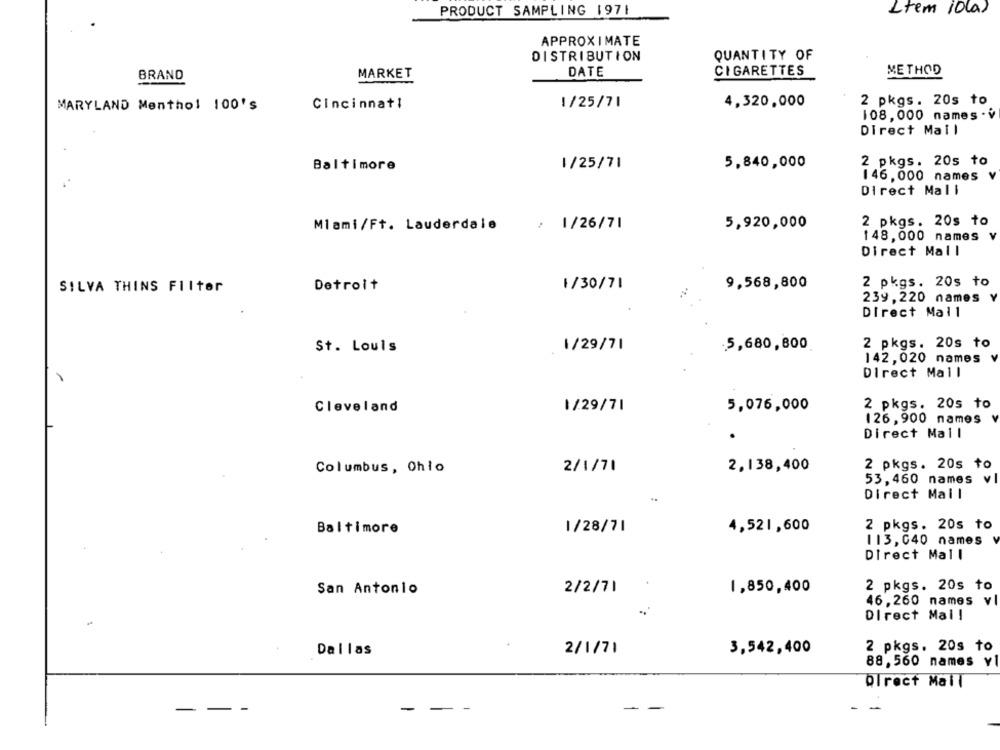
PRODUCT SAMPLING 1971
Ltem io(a)
APPROXIMATE
DISTRIBUTION
QUANTITY OF
BRAND
MARKET
DATE
CIGARETTES
METHOD
Cincinnati
1/25/71
4,320,000
2 pkgs. 20s to
MARYLAND Menthol 100's
108, 000 names . v
Direct Mail
1/25/71
5,840,000
2 pkgs. 20s to
Baltimore
146, 000 names v
Direct Mall
: 1/26/71
5,920,000
2 pkgs. 20s to
Miami/Ft. Lauderdale
148,000 names v
Direct Mall
1/30/71
9,568,800
2 pkgs. 20s to
SILVA THINS FIItor
Detroit
239,220 names v
Direct Mail
5,680,800
2 pkgs. 20s to
St. Louis
1/29/71
142,020 names v
Direct Mail
2 pkgs. 20s to
Cleveland
1/29/71
5,076,000
126, 900 names v
Direct Mail
2 pkgs. 20s to
Columbus, Ohio
2/1/71
2,138,400
53,460 names vl
Direct Mail
2 pkgs. 20s to
Baltimore
1/28/71
4,521,600
113, 040 names
Direct Mall
2 pkgs. 20s to
San Antonio
2/2/71
1,850,400
46,260 names vl
..
Direct Mail
Dallas
2/1/71
3,542,400
2 pkgs. 20s to
88,560 names vl
QTrect Mail
-
-
-
-